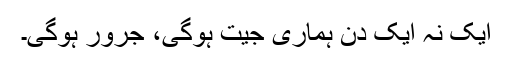
ایک نہ ایک دن ہماری جیت ہوگی، جرور ہوگی۔